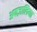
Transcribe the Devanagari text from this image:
अफज़ालियत